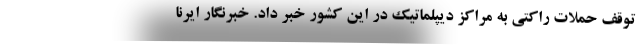
توقف حملات راکتی به مراکز دیپلماتیک در این کشور خبر داد. خبرنگار ایرنا